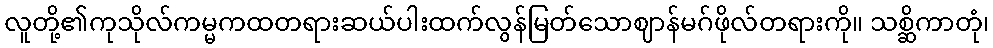
လူတို့၏ကုသိုလ်ကမ္မကထတရားဆယ်ပါးထက်လွန်မြတ်သောဈာန်မဂ်ဖိုလ်တရားကို။ သစ္ဆိကာတုံ၊